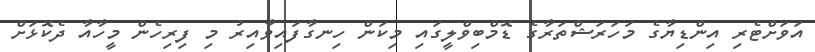
އަވަށްޓެރި އިންޑިޔާގެ މަހަރަޝްތަރާގެ ޑޮމްބިވްލީގައި މިކަން ހިނގާފައިވާއިރު މި ފިރިހެން މީހާއާ ދެކޮޅަށް